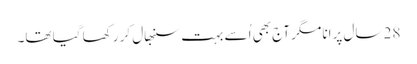
28 سال پرانا مگر آج بھی اُسے بہت سنبھال کر رکھا گیا تھا۔